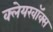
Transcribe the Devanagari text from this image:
क्लेयरवॉक्स